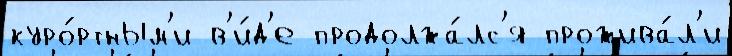
куро́ртным'и в'и́д'е продолжа́лс'я прожива́л'и